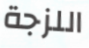
اللزجة